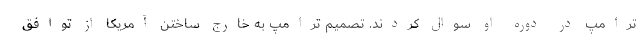
ترامپ در دوره او سوال کردند. تصمیم ترامپ به خارج ساختن آمریکا از توافق